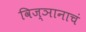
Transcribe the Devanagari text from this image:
विज्ञानाचं